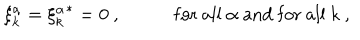
LaTeX: \xi _ { k } ^ { \alpha } = { \xi _ { k } ^ { \alpha } } ^ { * } = 0 \ , \hspace { 6 e x } \mathrm { \ f o r \ a l l } \ \alpha \ \mathrm { a n d \ f o r \ a l l } \ k \ ,